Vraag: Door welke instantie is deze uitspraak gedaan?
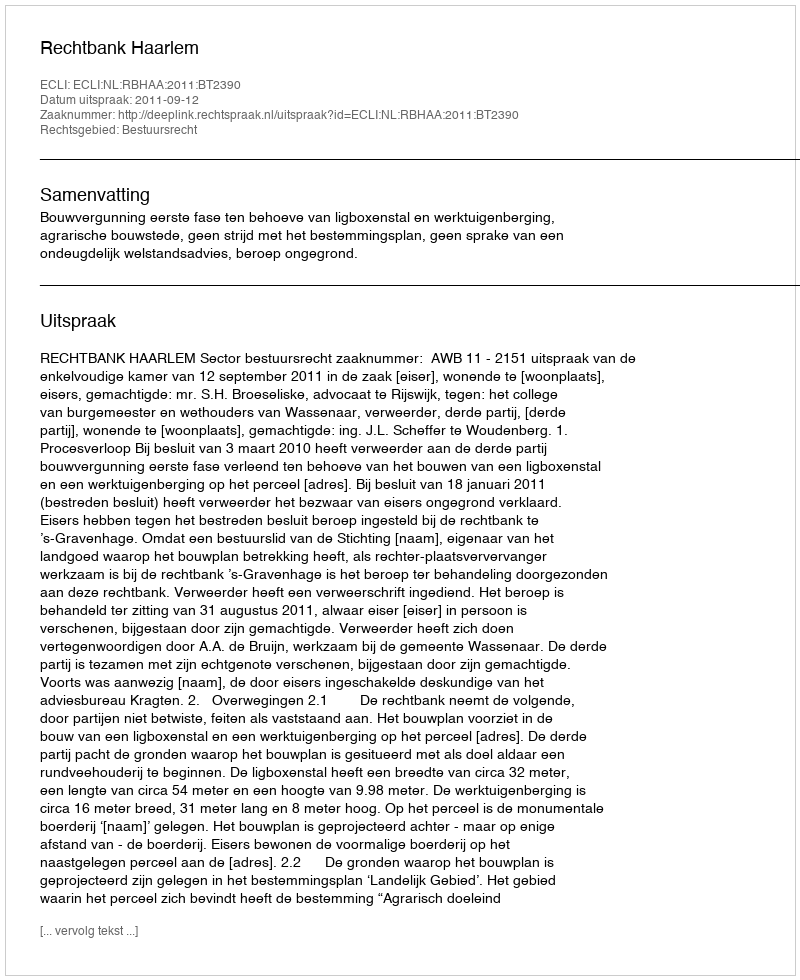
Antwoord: Rechtbank Haarlem